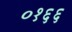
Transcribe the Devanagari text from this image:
०१६६